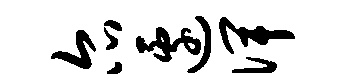
尔边俾